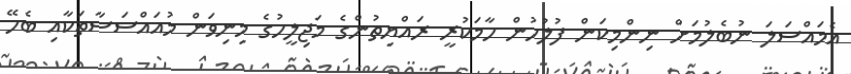
އެމައްސަލަ ނުބެލުމަށް ނިންމިކަން ފުލުހުން ހާމަކުރީ ރައްޔިތުންގެ މަޖިލީހުގެ މިނިވަން މުއައްސަސާތަކާއި ބެހޭ